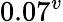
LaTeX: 0.07^{v}